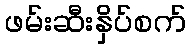
ဖမ်းဆီးနှိပ်စက်